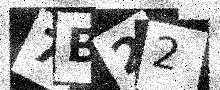
Text: 7B22